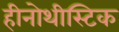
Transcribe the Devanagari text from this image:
हीनोथीस्टिक